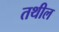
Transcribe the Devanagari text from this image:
तथील